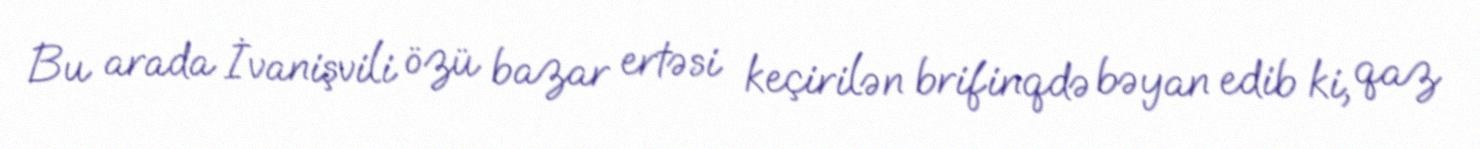
Bu arada İvanişvili özü bazar ertəsi keçirilən brifinqdə bəyan edib ki, qaz